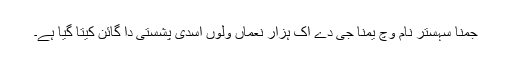
جمنا سہستر نام وچّ یمنا جی دے اک ہزار نعماں ولوں اسدی پشستی دا گائن کیتا گیا ہے۔